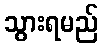
သွားရမည်